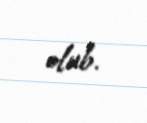
olub.